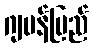
ဂျပန်ပြည်